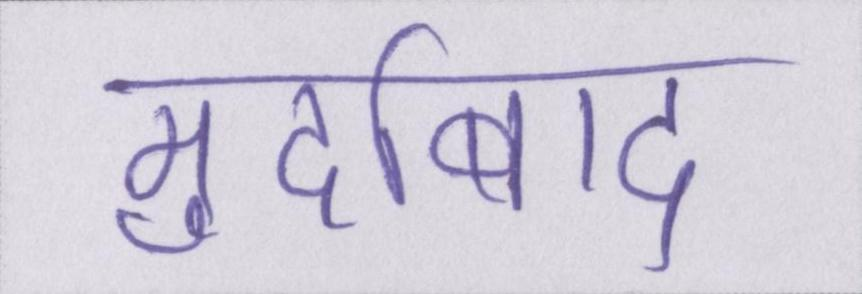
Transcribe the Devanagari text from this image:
मुर्दाबाद